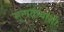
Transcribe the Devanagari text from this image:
मूलतत्वांशी